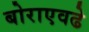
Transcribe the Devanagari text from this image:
बोराएवढे